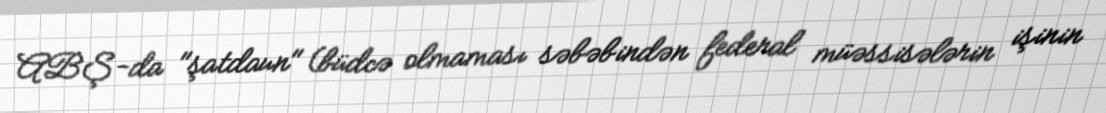
ABŞ-da "şatdaun" (büdcə olmaması səbəbindən federal müəssisələrin işinin